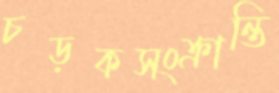
চড়কসংক্রান্তি